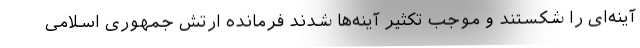
آینه‌ای را شکستند و موجب تکثیر آینه‌ها شدند فرمانده ارتش جمهوری اسلامی